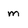
Character: m